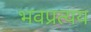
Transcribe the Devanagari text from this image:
भवप्रत्यय